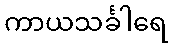
ကာယသင်္ခါရေ